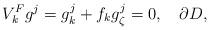
LaTeX: \begin{align*} V_k^F g^j=g^j_k+f_kg^j_\zeta=0, \ \ \ \partial D,\end{align*}